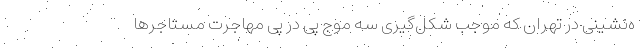
ه‌‌نشینی در تهران که موجب شکل‌‌گیری سه موج پی در پی مهاجرت مستاجرها